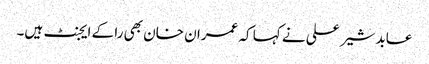
عابد شیر علی نے کہا کہ عمران خان بھی را کے ایجنٹ ہیں۔